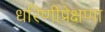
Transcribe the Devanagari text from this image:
धरिणीप्रेक्षणा